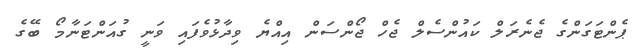
ޕެންޓަގަންގެ ޖެނެރަލް ކައުންސެލް ޖެހް ޖޯންސަން އިއްޔެ ވިދާޅުވެފައި ވަނީ ގުއަންޓަނާމޯ ބޭގެ